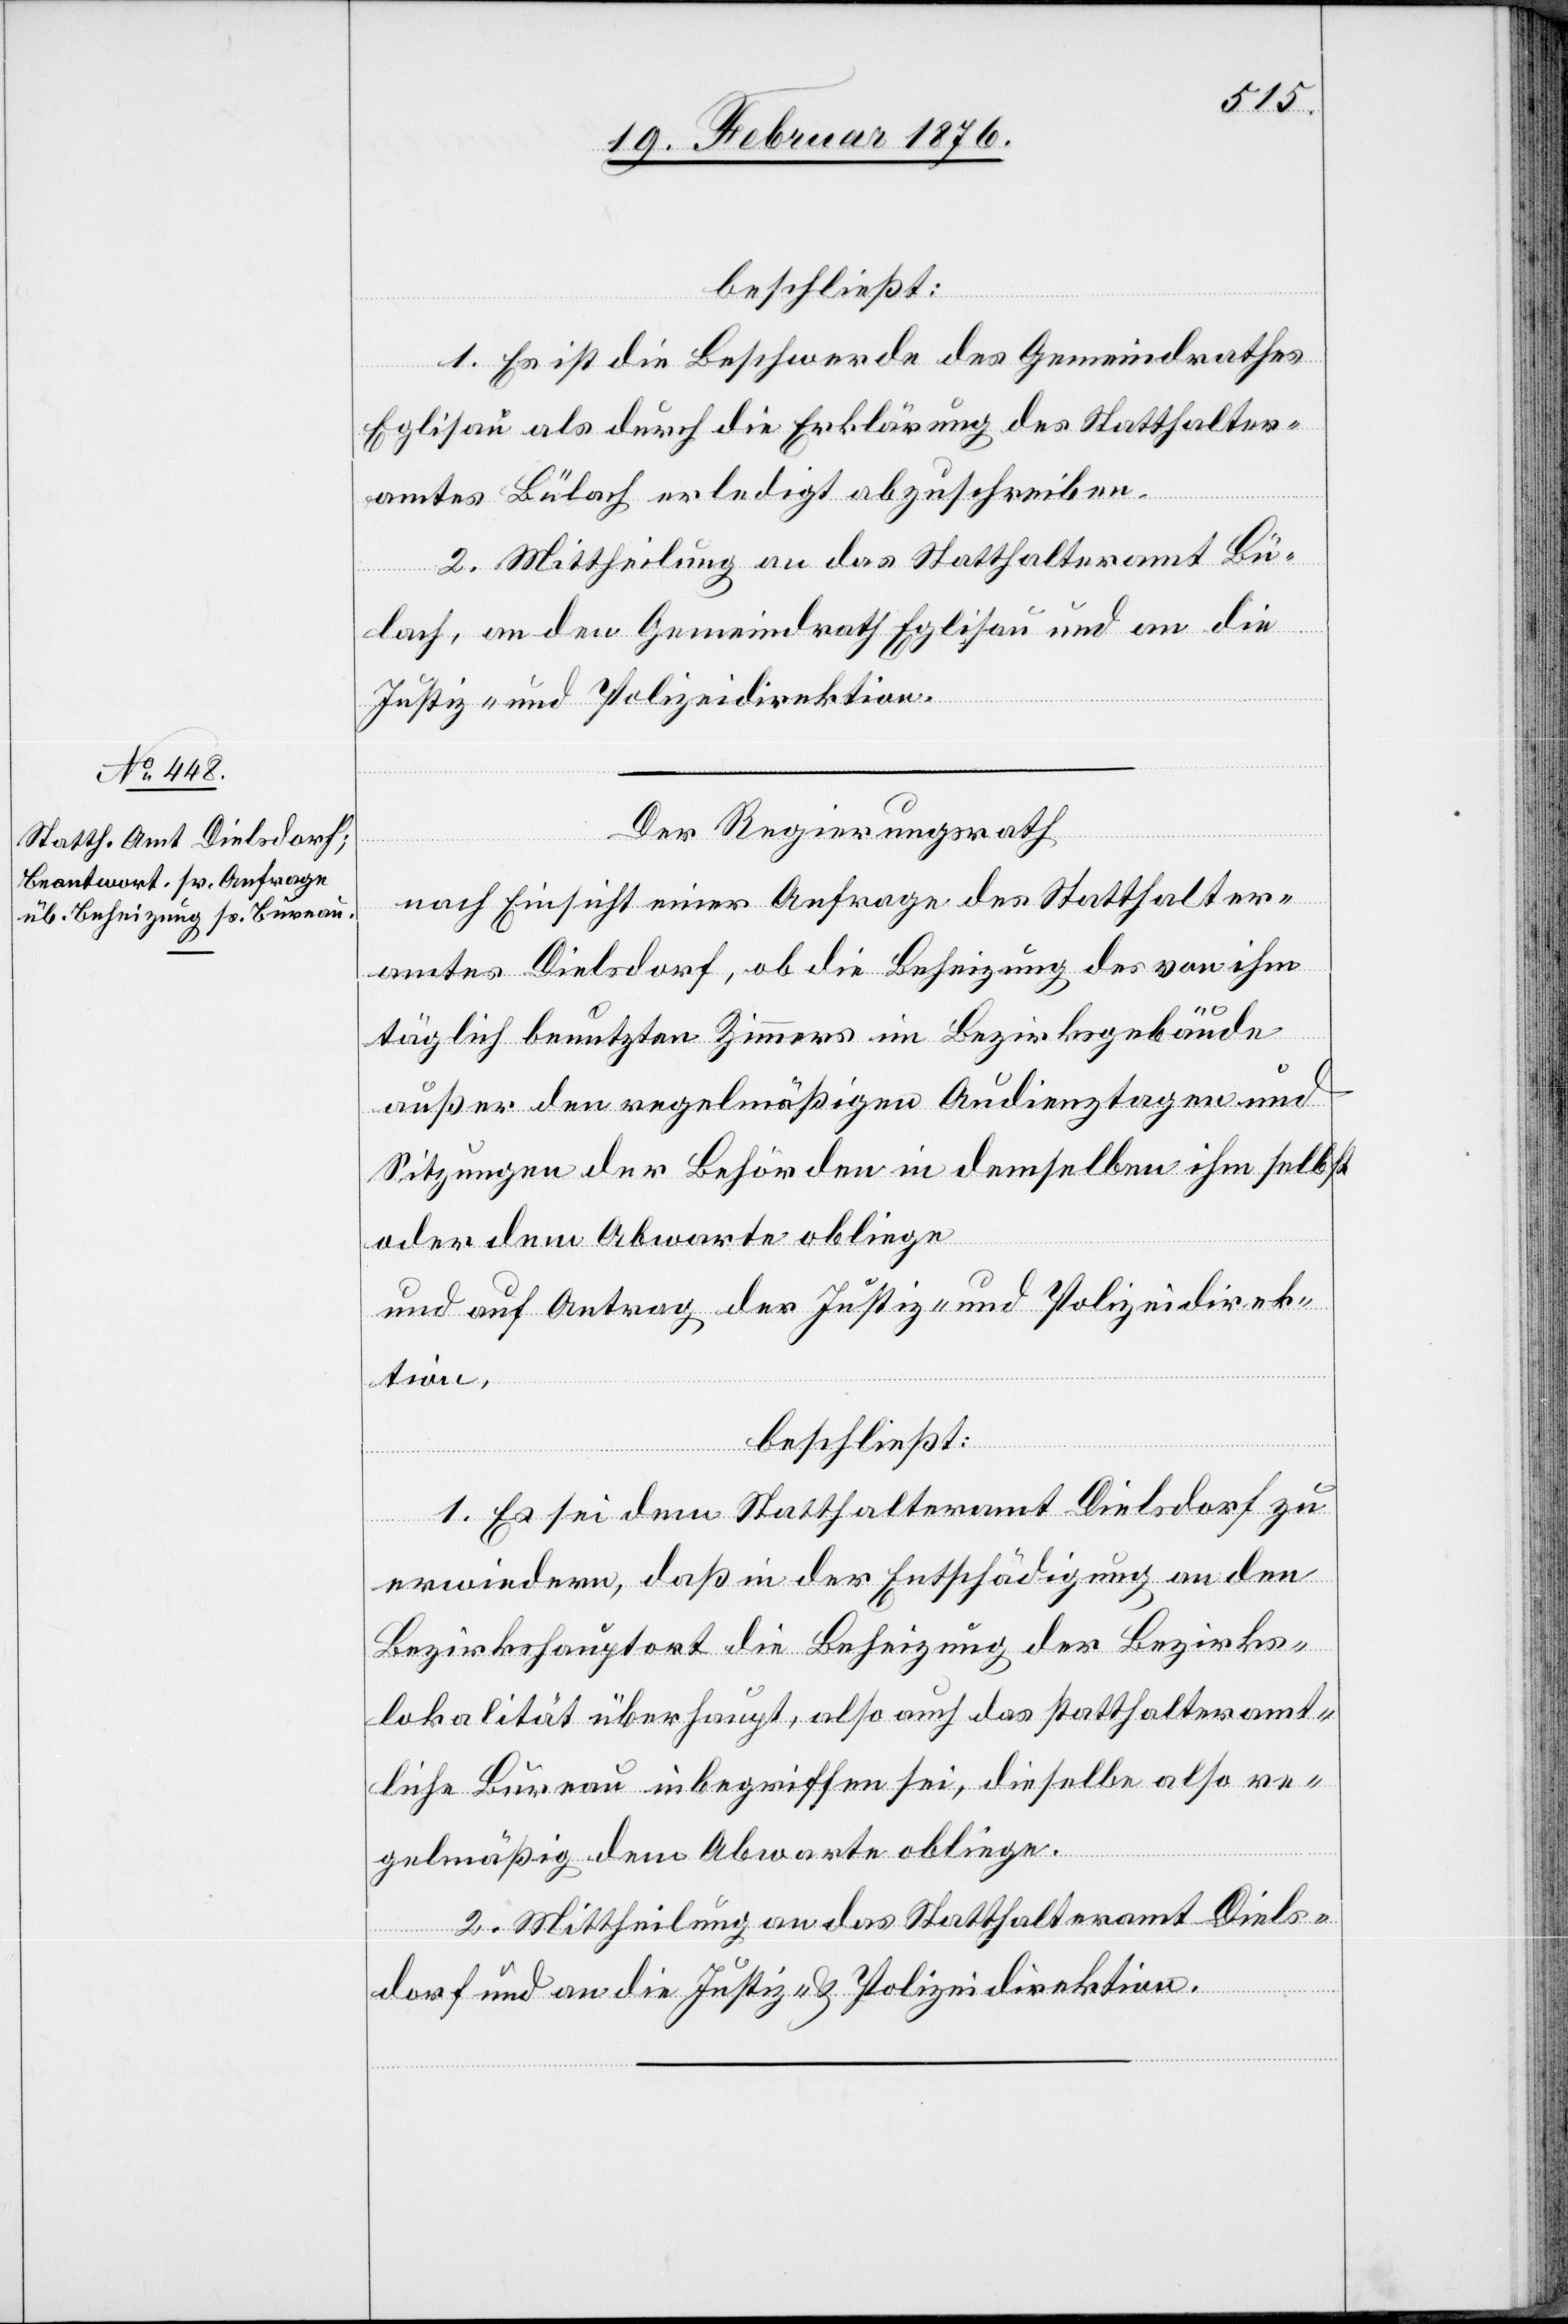
beschließt:
1. Es ist die Beschwerde des Gemeindrathes
Eglisau als durch die Erklärung des Statthalter¬
amtes Bülach erledigt abzuschreiben.
2. Mittheilung an das Statthalteramt Bü¬
lach, an den Gemeindrath Eglisau und an die
Justiz- und Polizeidirektion.
Der Regierungsrath
nach Einsicht einer Anfrage des Statthalter¬
amtes Dielsdorf, ob die Beheizung des von ihm
täglich benutzten Zimmers im Bezirksgebäude
außer den regelmäßigen Audienztagen und
Sitzungen der Behörden in demselben ihm selbst
oder dem Abwarte obliege
und auf Antrag der Justiz- und Polizeidirek¬
tion,
beschließt:
1. Es sei dem Statthalteramt Dielsdorf zu
erwiedern, daß in der Entschädigung an den
Bezirkshauptort die Beheizung der Bezirks¬
lokalität überhaupt, also auch das statthalteramt¬
liche Bureau inbegriffen sei, dieselbe also re¬
gelmäßig dem Abwarte obliege.
2. Mittheilung an das Statthalteramt Diels¬
dorf und an die Justiz- & Polizeidirektion.